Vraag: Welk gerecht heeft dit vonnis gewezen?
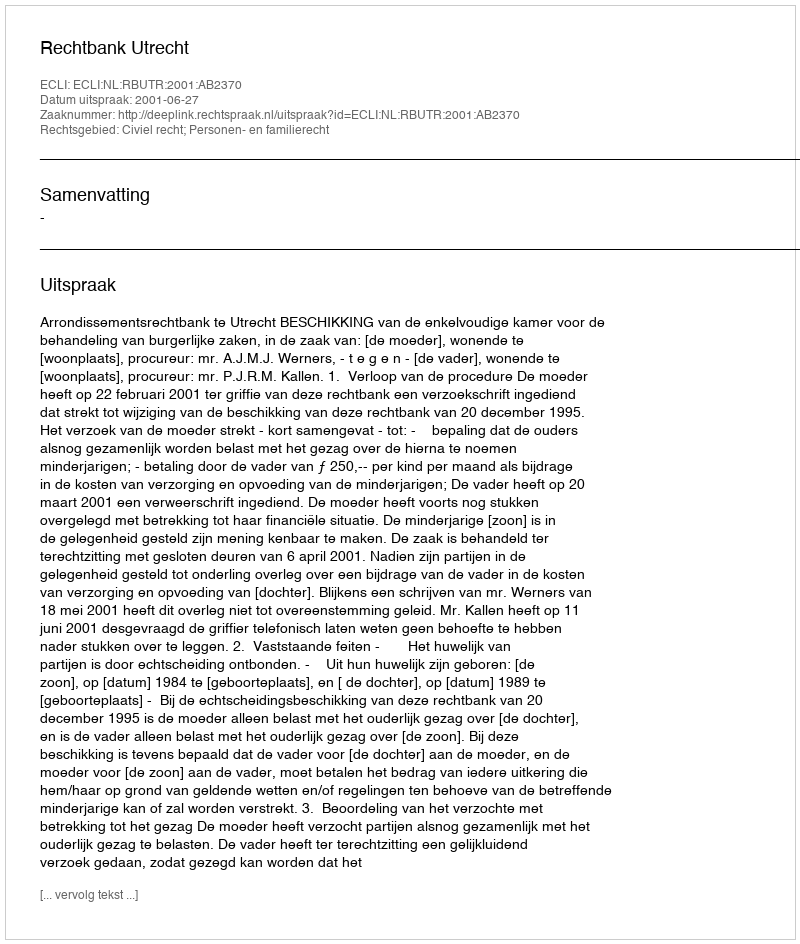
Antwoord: Rechtbank Utrecht